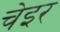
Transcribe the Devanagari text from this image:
चेइर